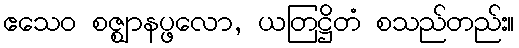
ဧသေဝ စဇ္ဈာနပ္ဖလော, ယတြဋ္ဌိတံ စသည်တည်း။